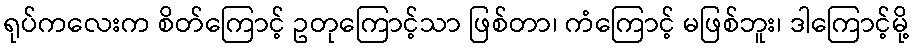
ရုပ်ကလေးက စိတ်ကြောင့် ဥတုကြောင့်သာ ဖြစ်တာ၊ ကံကြောင့် မဖြစ်ဘူး၊ ဒါကြောင့်မို့